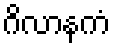
ဂိလာနကံ